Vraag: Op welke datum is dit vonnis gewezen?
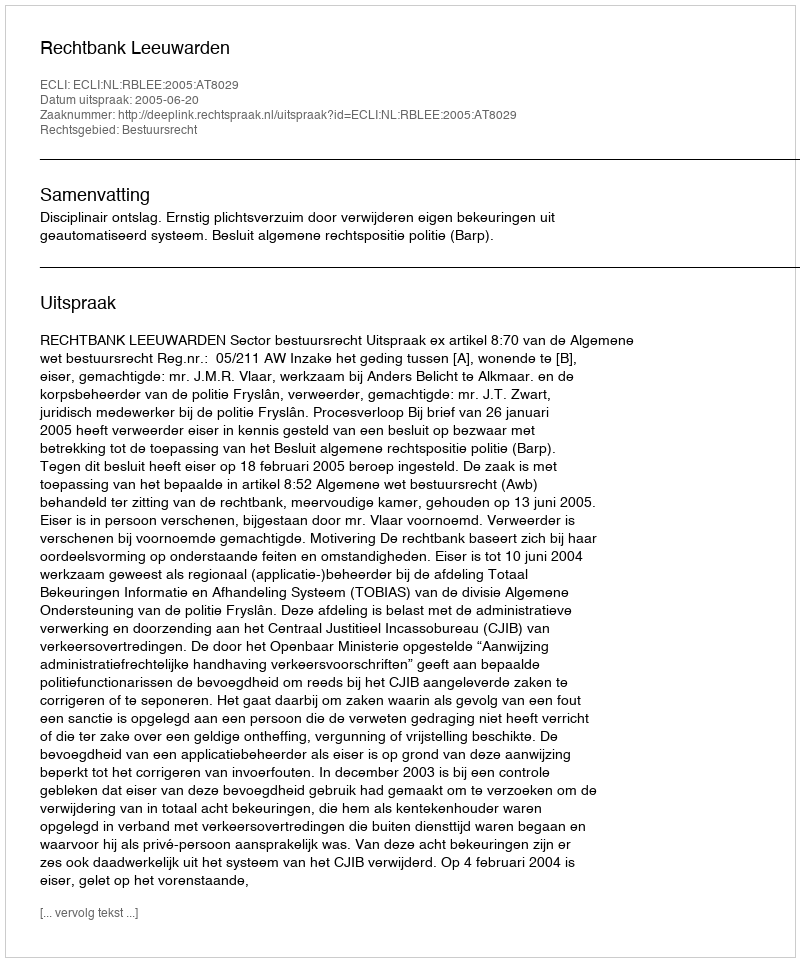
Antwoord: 2005-06-20